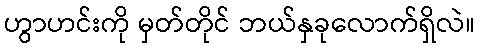
ဟွာဟင်းကို မှတ်တိုင် ဘယ်နှခုလောက်ရှိလဲ။